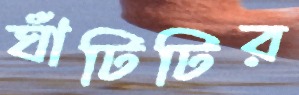
ঘাঁটিটির